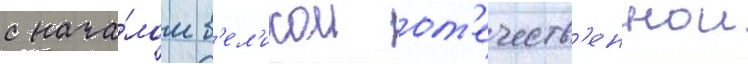
с нача́лом в'ел'икои от'ечеств'еннои